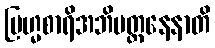
ဗြဟ္မစာရိအဘိပတ္ထနေနာတိ